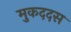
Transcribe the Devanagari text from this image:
मुकददस